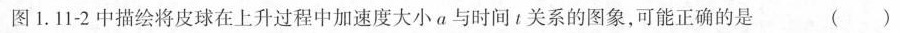
图1.11-2中描绘将皮球在上升过程中加速度大小a与时间t关系的图象，可能正确的是 ( )